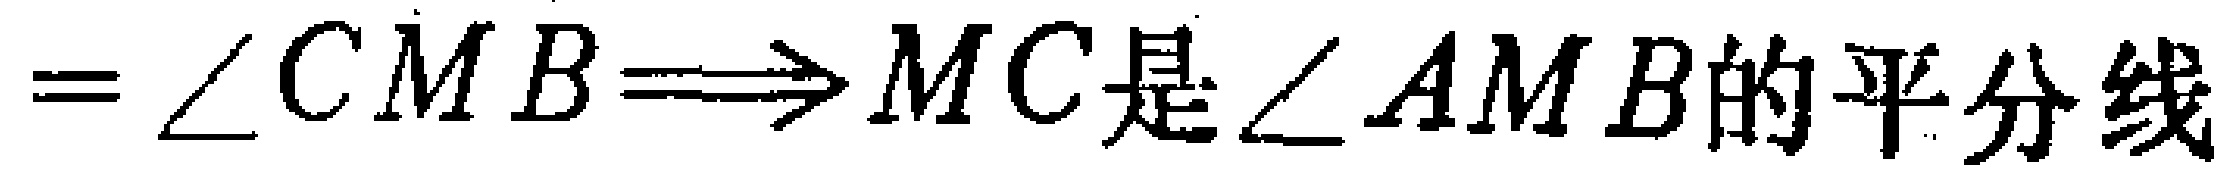
$=\angle CMB\Longrightarrow MC是\angle AMB的平分线$